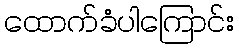
ထောက်ခံပါကြောင်း